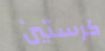
كرستين